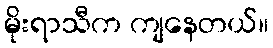
မိုးရာသီက ကျနေတယ်။